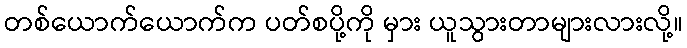
တစ်ယောက်ယောက်က ပတ်စပို့ကို မှား ယူသွားတာများလားလို့။